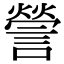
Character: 謍